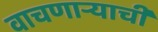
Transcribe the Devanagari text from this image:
वाचणाऱ्याची